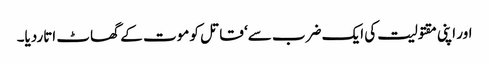
اور اپنی مقتولیت کی ایک ضرب سے‘ قاتل کو موت کے گھاٹ اتاردیا۔